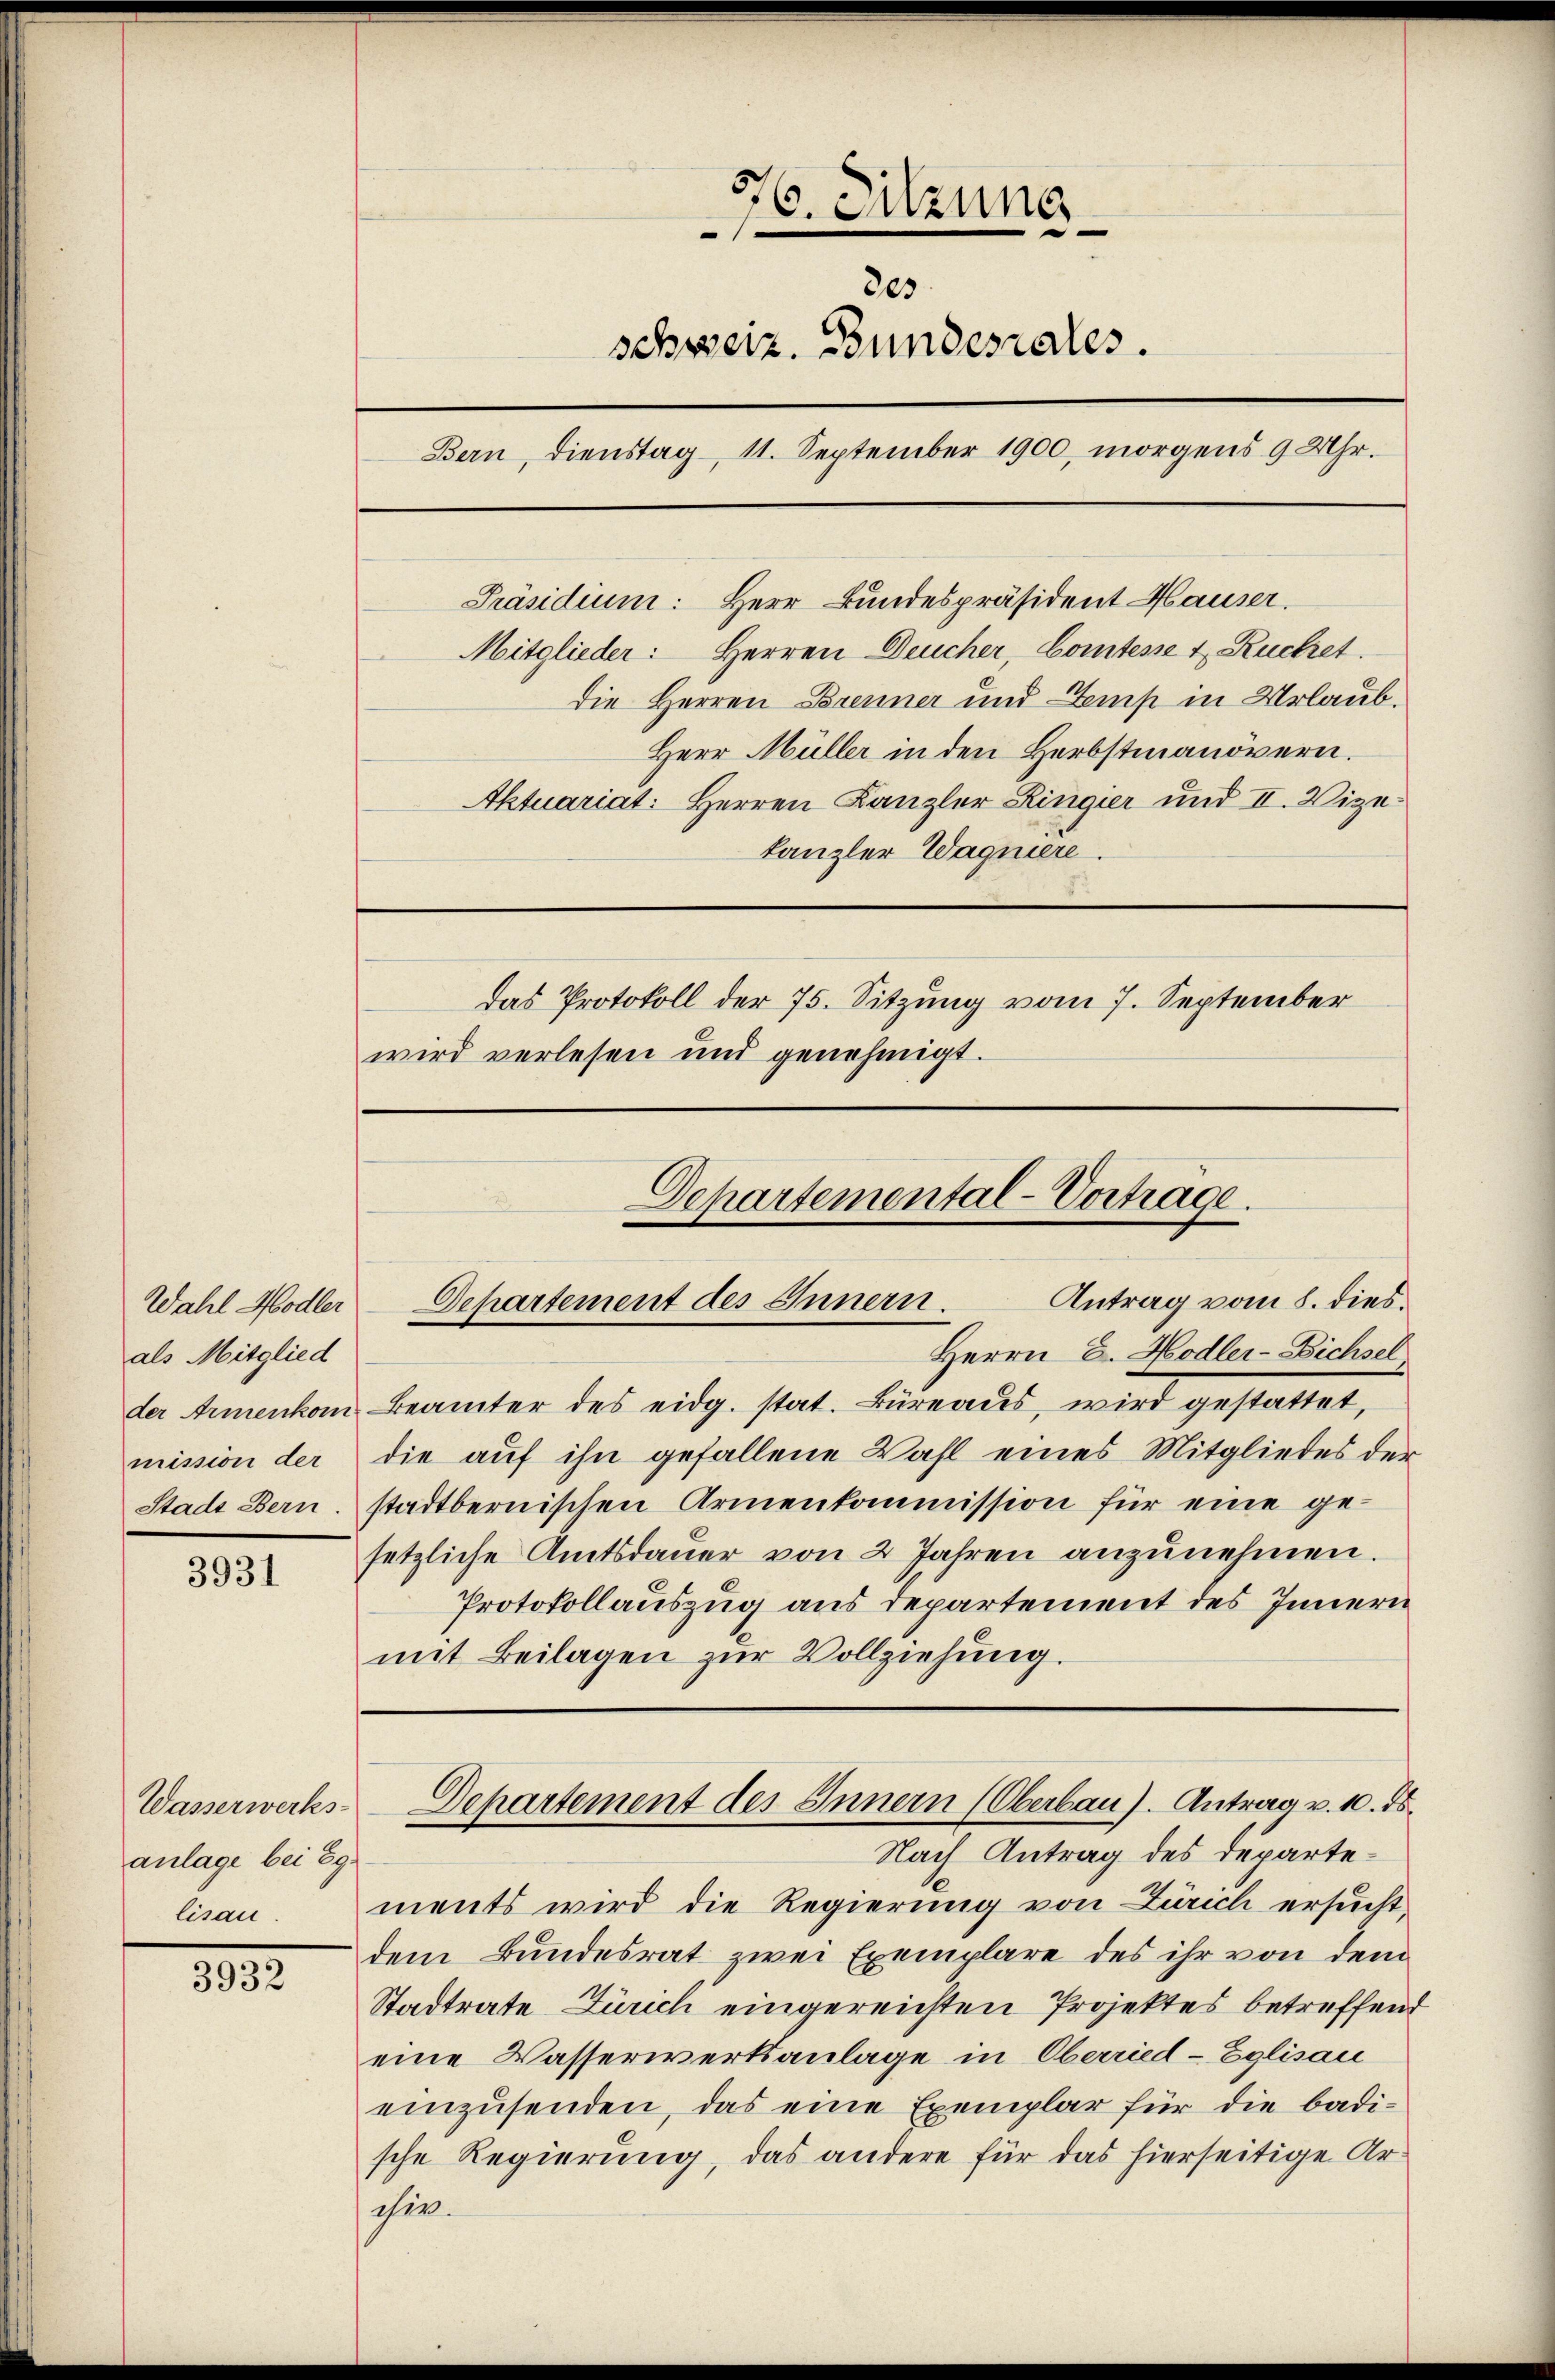
Wahl Hodler
als Mitglied

3931

Wasserwerks-
anlage bei Eg
lisau.

1832.

56. Sitzung
"
30s
schweiz. Bundesrates.
Bern, Dienstag 11. September 1900, morgens 9 Uhr.
Präsidium: Herr Bundespräsident Hauser.

Herrn E. Hodler-Bichsel
der Armenkom Beamter des eidg. stat. Büreaus, wird gestattet,
mission der die aŭf ihn gefallene Wahl eines Mitgliedes der
Stadt Bern, stadtbernischen Armenkommission für eine gesetzliche Amtsdaŭer von 2 Jahren anzŭnehmen.
Protokollauszug aus Departement des Innern
mit Beilagen zur Vollziehung.

Mitglieder: Herren Deucher, Comtesse & Rückret
Die Herren Brenner und Demp in Urlaub¬
Herr Müller in den Herbstmanövern.
Aktuariat: Herren Kanzler Ringier und II. Vizekanzler Wagniere.

das Protokoll der 75. Sitzung vom 7. September
wird verlesen und genehmigt.

Dchartemental-Vorträge.
Antrag vom 8. dies
Departement des Innern.

Departement des Innern (Oberbau). Antrag v. 10. ds.

Nach Antrag des Departements wird die Regierung von Zürich ersucht,
dem Bundesrat zwei Exemplare des ihr von dem
Stadtrate Zürich eingereichten Projektes betreffend
eine Wasserwerksanlage in Oberried-Eglisau
einzŭsenden, das eine Exemplar für die badi-
sche Regierung, das andere für das hierseitige Archer.